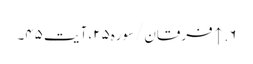
۶. ↑ فرقان/سوره۲۵، آیت ۴۵۔